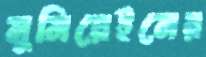
মুনিয়েইনের